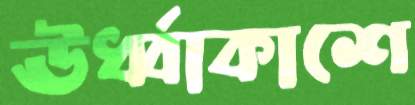
ঊর্ধ্বাকাশে